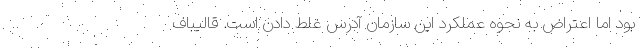
بود اما اعتراض به نحوه عملکرد این سازمان آدرس غلط دادن است. قالیباف